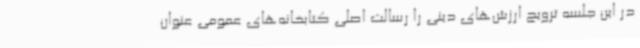
در این جلسه ترویج ارزش‌های دینی را رسالت اصلی کتابخانه‌های عمومی عنوان